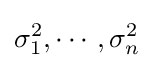
\sigma _{1}^{2},\cdots ,\sigma _{n}^{2}